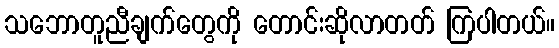
သဘောတူညီချက်တွေကို တောင်းဆိုလာတတ် ကြပါတယ်။